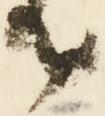
由